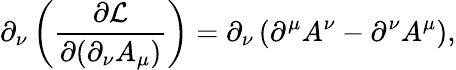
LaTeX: \partial_{\nu}\left({\frac{\partial{\mathcal{L}}}{\partial(\partial_{\nu}A_{\mu})}}\right)=\partial_{\nu}\left(\partial^{\mu}A^{\nu}-\partial^{\nu}A^{\mu}\right),